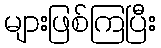
များဖြစ်ကြပြီး